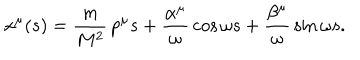
LaTeX: x ^ { \mu } ( s ) = \frac { m } { M ^ { 2 } } \, p ^ { \mu } s + \frac { \alpha ^ { \mu } } { \omega } \, \cos \omega s + \frac { \beta ^ { \mu } } { \omega } \, \sin \omega s .